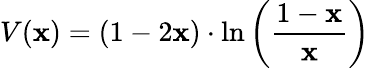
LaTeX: V(\mathbf{x})=(1-2\mathbf{x})\cdot\ln\left({\frac{{1-\mathbf{x}}}{{\mathbf{x}}}}\right)